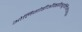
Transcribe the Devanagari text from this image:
ओलिगोडीऑक्सीन्यूक्लिओटाइड्स